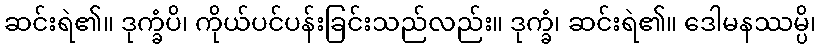
ဆင်းရဲ၏။ ဒုက္ခံပိ၊ ကိုယ်ပင်ပန်းခြင်းသည်လည်း။ ဒုက္ခံ၊ ဆင်းရဲ၏။ ဒေါမနဿမ္ပိ၊